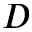
D